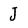
Character: J